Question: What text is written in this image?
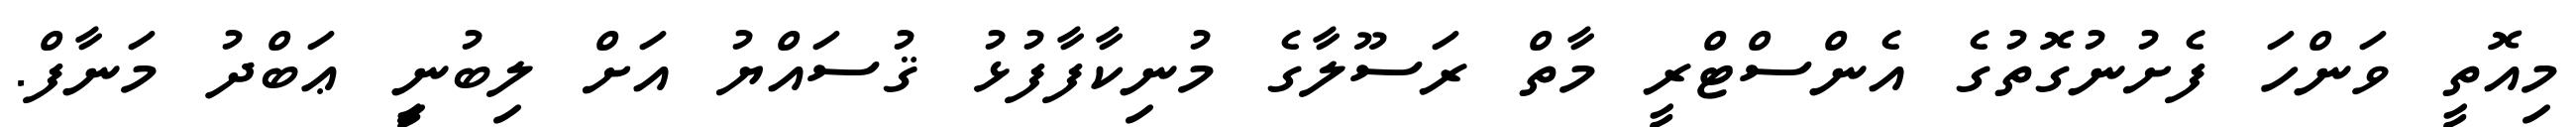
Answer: މިއޮތީ ވަންހަ ފެށުނުގޮތުގެ އެންސްޓްރީ މާތް ރަސޫލާގެ މުނިކާފާފުޅު ޤުސައްޔު އަށް ލިބުނިީ ޢަބްދު މަނާފް.